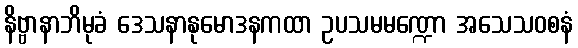
နိဗ္ဗာနာဘိမုခံ ဒေသနာနုမောဒနကထာ ဥပသမမဏ္ဍော အသေသဝစနံ